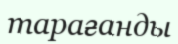
тарағанды